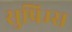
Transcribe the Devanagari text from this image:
सुप्रिम्स